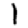
Digit: 1